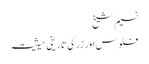
نسیم شیخ
فلوس اور زر کی تاریخی حیثیت